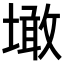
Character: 𡑒